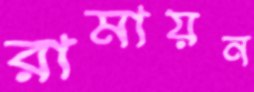
রামায়ন